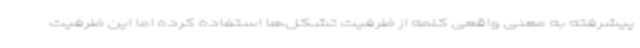
پیشرفته به معنی واقعی کلمه از ظرفیت تشکل‌ها استفاده کرده اما این ظرفیت